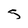
Character: s